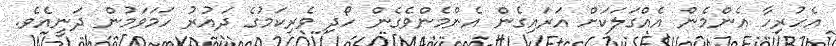
އެހުރިހާ އެންމެން އެއްގަލަކަށް އަރައިގެން އެންމެންވެގެން ހޯދި ވެރިކަމުގެ ދައުރު ހަމަވަމުން ދަނީއެވެ.